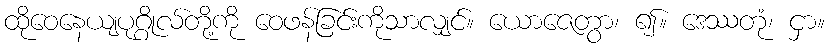
ထိုဝေနေယျပုဂ္ဂိုလ်တို့ကို ဝေဖန်ခြင်းကိုသာလျှင်။ ယောဇေတွာ၊ ၍။ ဒေဿတုံ၊ ငှာ။